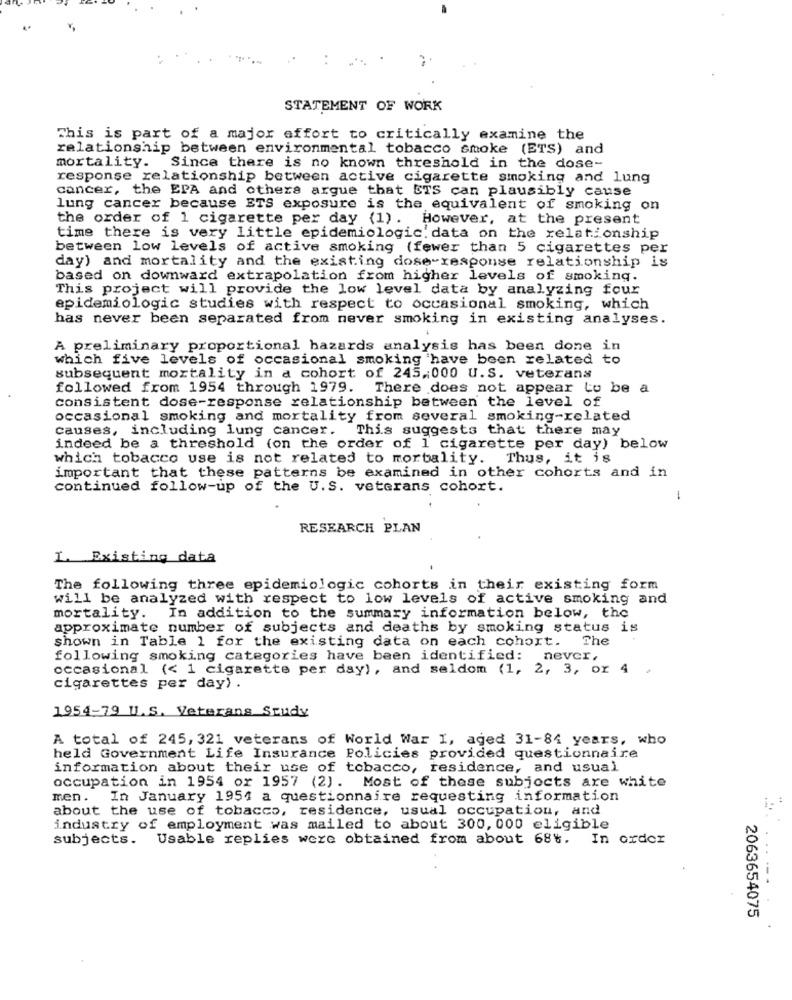
STATEMENT OF WORK
This is part of a major effort to critically examine the
relationship between environmental tobacco smoke (ETS) and
mortality. Since there is no known threshold in the dose-
response relationship between active cigarette smoking and lung
cancer, the EPA and others argue that ETS can plausibly cause
lung cancer because ETS exposure is the equivalent of smoking on
the order of 1 cigarette per day (1). However, at the present
time there is very little epidemiologic. data on the relationship
between low levels of active smoking (fewer than 5 cigarettes per
day) and mortality and the existing dose-response relationship is
based on downward extrapolation from higher levels of smoking.
This project will provide the low level data by analyzing four
epidemiologic studies with respect to occasional smoking, which
has never been separated from never smoking in existing analyses.
A preliminary proportional hazards analysis has been done
in
which five levels of occasional smoking have been related
subsequent mortality in a cohort of 245,000 U.S. veterans
followed from 1954 through 1979. There does not appear to be a
consistent dose-response relationship between the level of
occasional smoking and mortality from several smoking-related
causes, including lung cancer. This suggests that there may
indeed be a threshold (on the order of 1 cigarette per day) below
which tobacco use is not related to mortality.
Thus, it is
important that these patterns be examined in other cohorts and in
continued follow-up of the U.S. veterans cohort.
1
RESEARCH PLAN
1. Existing data
The following three epidemiologic cohorts in their existing form
will be analyzed with respect to low levels of active smoking and
mortality. In addition to the summary information below, the
approximate number of subjects and deaths by smoking status is
shown in Table 1 for the existing data on each cohort. The
following smoking categories have been identified: never,
occasional (< 1 cigarette per day), and seldom (1, 2, 3, or 4
cigarettes per day) .
1954-79 11.S. Veterans Study
A total of 245, 321 veterans of World War I, aged 31-84 years, who
held Government Life Insurance Policies provided questionnaire
information about their use of tobacco, residence, and usual
occupation in 1954 or 1957 (2). Most of these subjects are white
men. In January 1951 a questionnaire requesting information
about the use of tobacco, residence, usual occupation, and
industry of employment was mailed to about 300, 000 eligible
subjects. Usable replies were obtained from about 68%. In order
2063654075